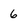
Character: 6